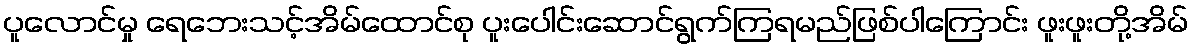
ပူလောင်မှု ရေဘေးသင့်အိမ်ထောင်စု ပူးပေါင်းဆောင်ရွက်ကြရမည်ဖြစ်ပါကြောင်း ဖူးဖူးတို့အိမ်